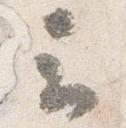
云